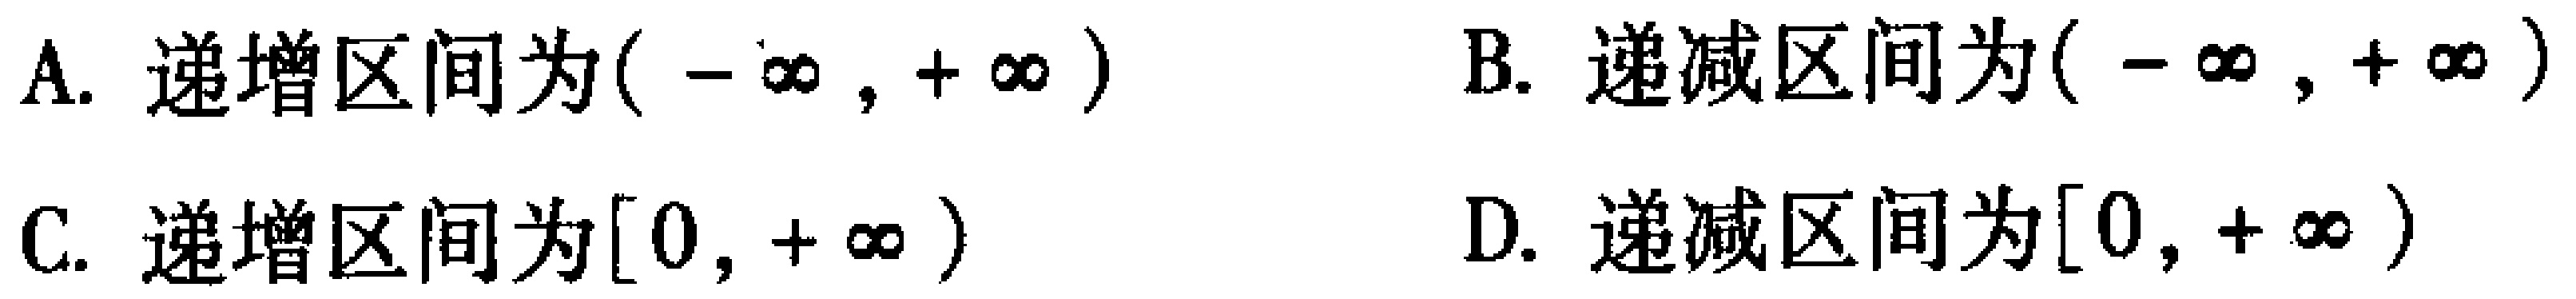
A. 递增区间为$(-\infty,+\infty)$

B. 递减区间为$(-\infty,+\infty)$

C. 递增区间为$[0,+\infty)$

D. 递减区间为$[0,+\infty)$